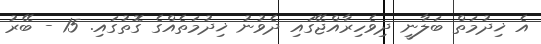
އެ ޚިދުމަތް ބަލާނީ ދިވެހިރާއްޖޭގައި ދެވުނު ޚިދުމަތެއްގެ ގޮތުގައި. 15 - ބޭރު